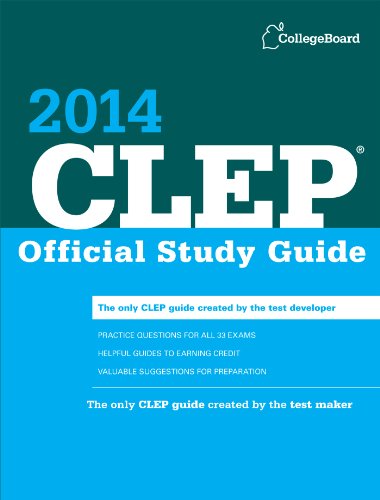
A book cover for CLEP Official Study Guide 2014 (College Board CLEP: Official Study Guide); The College Board; Test Preparation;